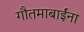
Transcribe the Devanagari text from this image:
गौतमाबाईंना